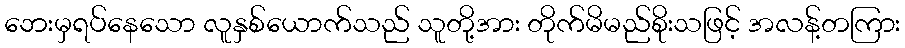
ဘေးမှရပ်နေသော လူနှစ်ယောက်သည် သူတို့အား တိုက်မိမည်စိုးသဖြင့် အလန့်တကြား